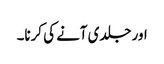
اور جلدی آنے کی کرنا۔